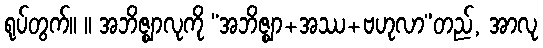
ရုပ်တွက်။ ။ အဘိဇ္ဈာလုကို “အဘိဇ္ဈာ+အဿ+ဗဟုလာ”တည်, အာလု